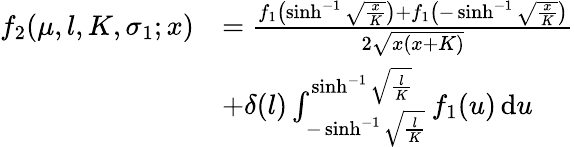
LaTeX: \begin{array}{rl}{f_{2}(\mu,l,K,\sigma_{1};x)}&{=\frac{f_{1}\left(\sinh^{-1}\sqrt{\frac xK}\right)+f_{1}\left(-\sinh^{-1}\sqrt{\frac xK}\right)}{2\sqrt{x(x+K)}}}\\ &{+\delta(l)\int_{-\sinh^{-1}\sqrt{\frac lK}}^{\sinh^{-1}\sqrt{\frac lK}}f_{1}(u)\, \mathrm du}\end{array}